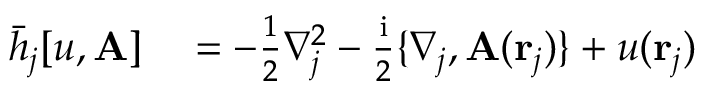
\begin{array} { r l } { \bar { h } _ { j } [ u , \mathbf { A } ] } & { { } = - \frac { 1 } { 2 } \nabla _ { j } ^ { 2 } - \frac { \mathrm { i } } { 2 } \{ \nabla _ { j } , \mathbf { A } ( \mathbf { r } _ { j } ) \} + u ( \mathbf { r } _ { j } ) } \end{array}